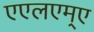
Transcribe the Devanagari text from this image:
एएलएम्ए